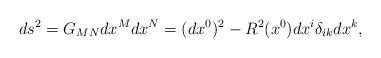
LaTeX: \begin{align*}ds^2=G_{MN}dx^Mdx^N=(dx^0)^2-R^2(x^0)dx^i\delta_{ik}dx^k ,\end{align*}